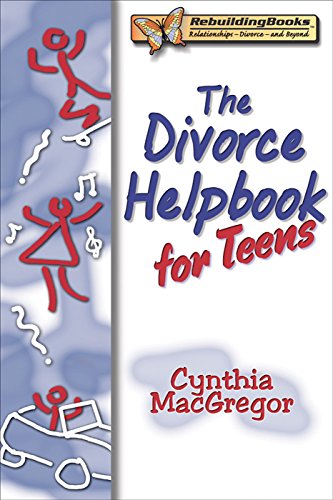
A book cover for Divorce Helpbook for Teens (Rebuilding Books); Cynthia MacGregor; Teen & Young Adult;